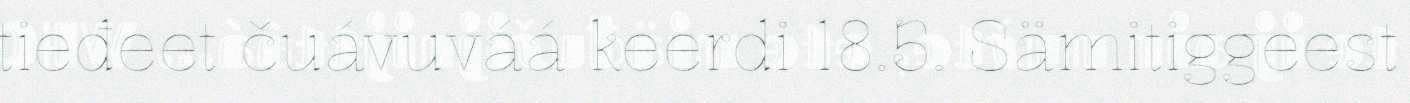
tieđeet čuávuváá keerdi 18.5. Sämitiggeest